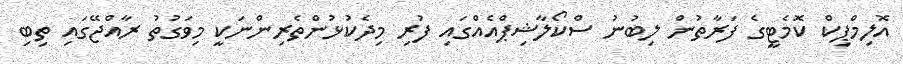
އޮލިމްޕިކް ކޮމެޓީގެ ފަރާތުން ލިބުނު ސްކޯލާޝިޕްއެއްގައި ފުރި މިދެކުޅުންތެރިންނަކީ މިވަގުތު ރާއްޖޭގައި ތިބި